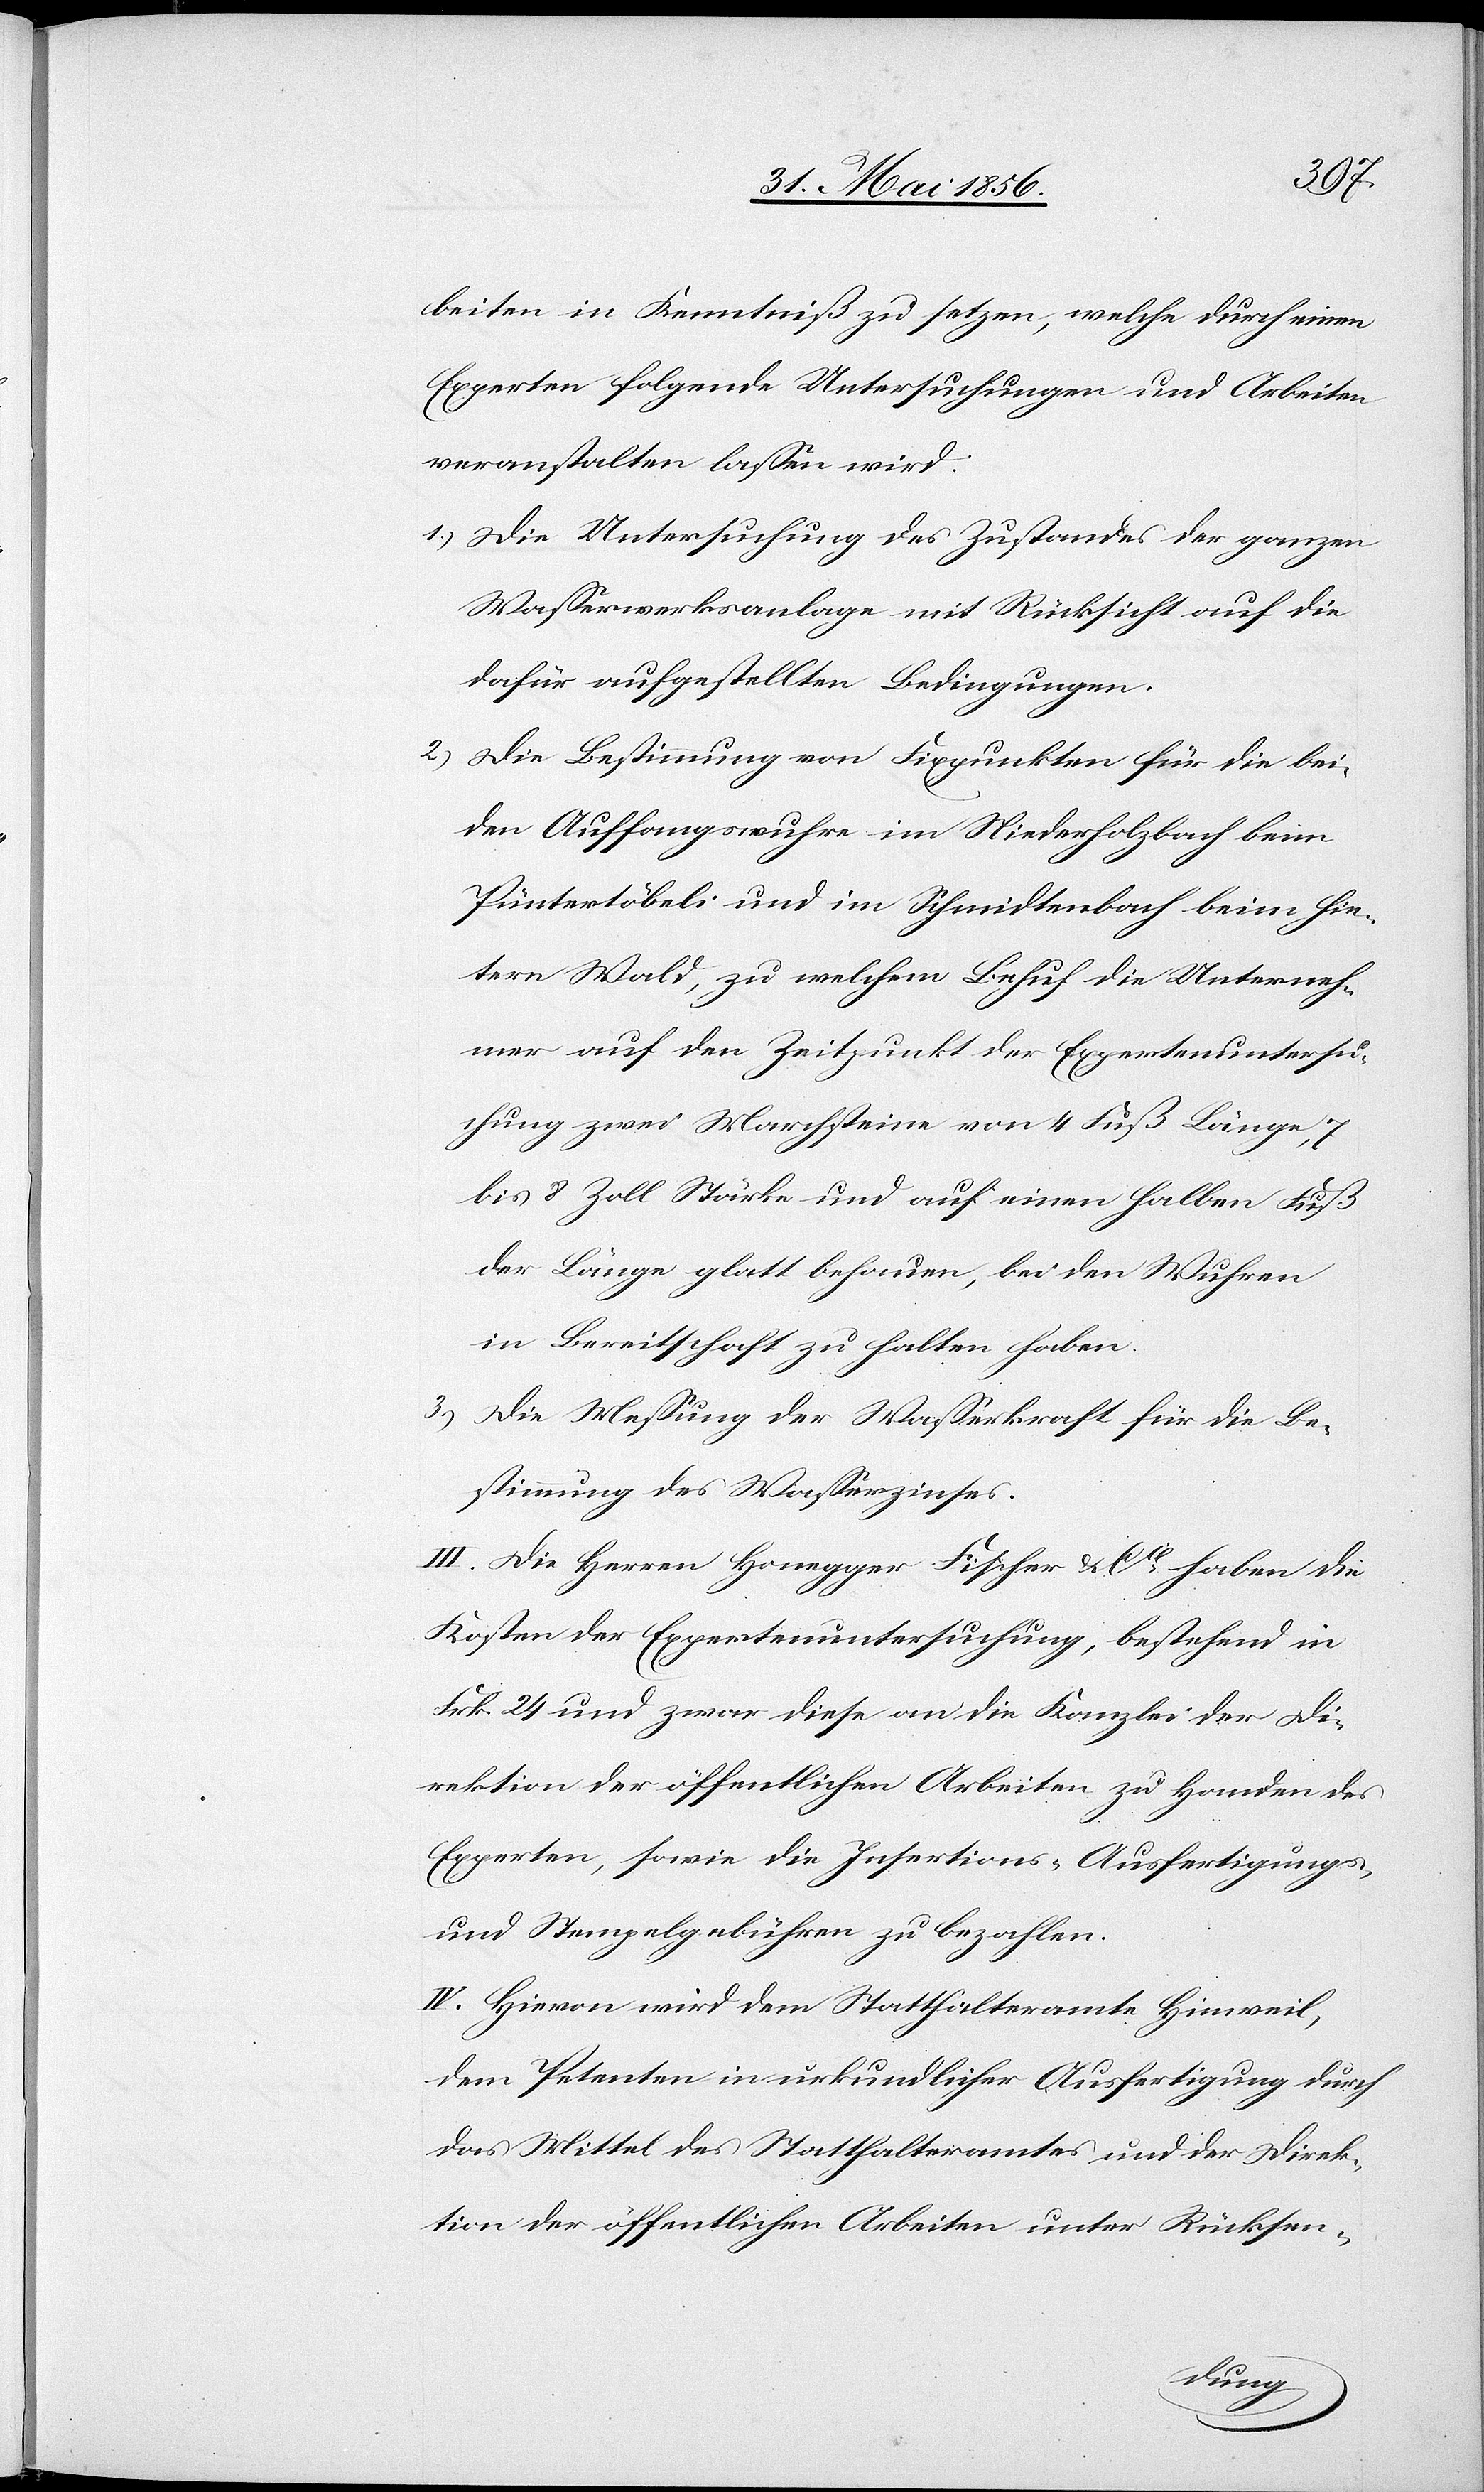
beiten in Kenntniß zu setzen, welche durch einen
Experten folgende Untersuchungen und Arbeiten
veranstalten lassen wird.
1.) Die Untersuchung des Zustandes der ganzen
Wasserwerksanlage mit Rücksicht auf die
dafür aufgestellten Bedingungen.
2.) Die Bestimmung von Fixpunkten für die bei¬
den Auffangswuhre im Niederholzbach beim
Püntertöbeli und im Schmidtenbach beim hin¬
tern Wald, zu welchem Behuf die Unterneh¬
mer auf den Zeitpunkt der Expertenuntersu¬
chung zwei Marchsteine von 4 Fuß Länge, 7
bis 8 Zoll Stärke und auf einen halben Fuß
der Länge glatt behauen, bei den Wuhren
in Bereitschaft zu halten haben.
3.) Die Messung der Wasserkraft für die Be¬
stimmung des Wasserzinses.
III. Die Herren Honegger Fischer & Cie haben die
Kosten der Expertenuntersuchung, bestehend in
Frk. 24 und zwar diese an die Kanzlei der Di¬
rektion der öffentlichen Arbeiten zu Handen des
Experten, sowie die Insertions-[,] Ausfertigungs-
und Stempelgebühren zu bezahlen.
IV. Hievon wird dem Statthalteramte Hinweil,
dem Petenten in urkundlicher Ausfertigung durch
das Mittel des Statthalteramtes und der Direk¬
tion der öffentlichen Arbeiten unter Rücksen-